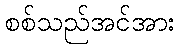
စစ်သည်အင်အား